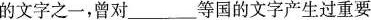
的文字之一，曾对___等国的文字产生过重要